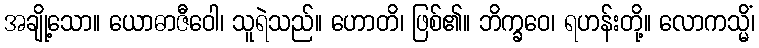
အချို့သော။ ယောဓာဇီဝေါ၊ သူရဲသည်။ ဟောတိ၊ ဖြစ်၏။ ဘိက္ခဝေ၊ ရဟန်းတို့။ လောကသ္မိံ၊